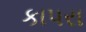
કાપરા